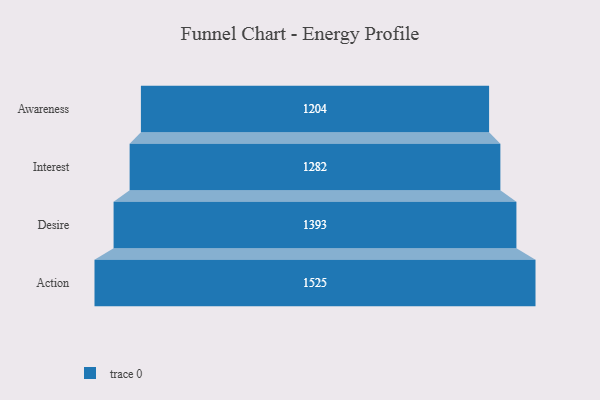
{"axis": {"x": "Stage", "y": "Value"}, "legend": [""], "data": [{"x": "Awareness", "y": 1204.0, "type": ""}, {"x": "Interest", "y": 1282.0, "type": ""}, {"x": "Desire", "y": 1393.0, "type": ""}, {"x": "Action", "y": 1525.0, "type": ""}]}